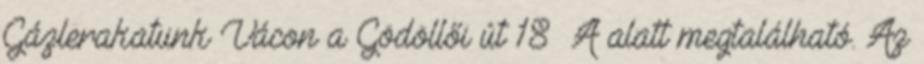
Gázlerakatunk Vácon a Gödöllői út 18 A alatt megtalálható. Az